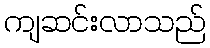
ကျဆင်းလာသည်